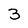
Character: 3